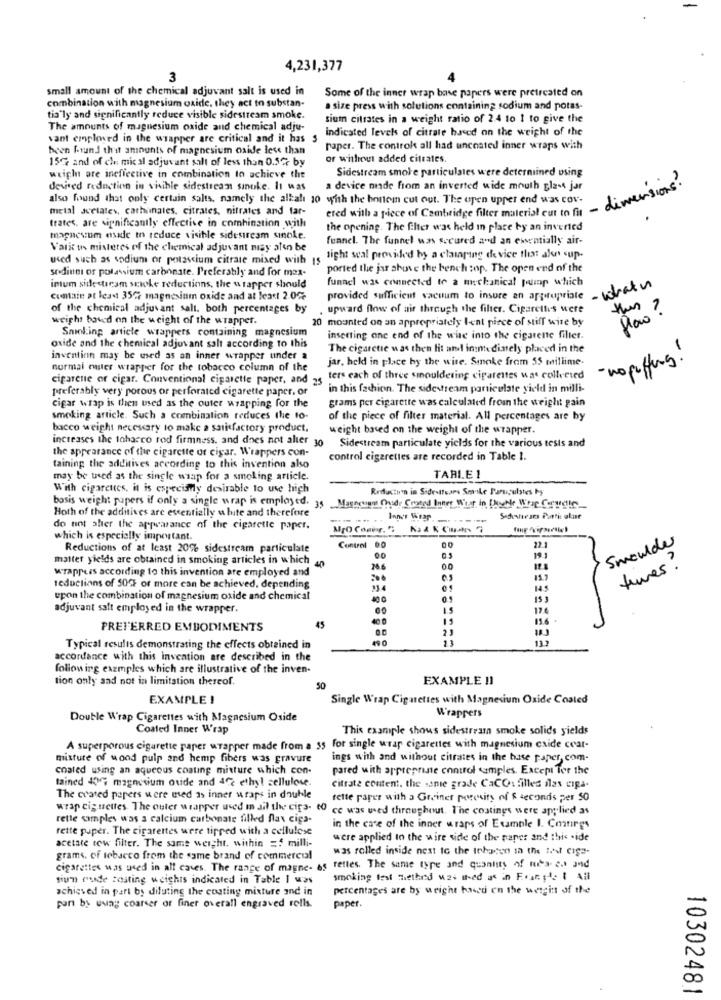
4,231,377
3
small amount of the chemical adjuvant salt is used in
Some of the inner wrap base papers were pretreated on
combination with magnesium oxide, they act to substan-
a size press with solutions containing sodium and potas-
tia"ly and significantly reduce visible sidestream smoke.
sium citrates in a weight ratio of 2.4 to 1 to give the
The amounts of magnesium oxide and chemical adju-
indicated levels of citrate based on the weight of the
vant emplesed in the wrapper are critical and it has $
been found th'i amounts of magnesium oxide less than
paper. The control all had uncoated inner wraps with
15% and of chemical adjuvant salt of less than 0.5% by
or without added citrates.
Sidestream smoke particulates were determined using
weich are ineffective in combination to achieve the
devised redaction in visible sidestream smoke. It was
a device made from an inverted wide mouth glass jar
dimensions?
also found that only certain salts, namely the alkal 10 with the bottom cut out. The open upper end was cov-
metal acetates, carhinales, citrates, nitrates and far-
ered with a piece of Cambridge filter material cut to fit -
trates, are significantly effective in combination with
the opening. The filter was held in place by an inverted
magnesium esade to reduce visible sidesircam sinole.
funnel. The funnel was secured and an ewentially air-
Varit us misteres of the chemical adjuvant may also be
used such as sodium or potassium citrate mixed with 15
sight seal provided by a clasaying device that ale sup-
sodiuni of potassium carbonate. Preferably and for mas-
ported the jar above the bench top. The open end of the
funnel was connected to a mechanical pump which
intum sidestream scioke reductions, the wrapper should
Cuntain at least 35℃ magnesium oxide and at least 2.0%
provided sufficient vacuum to insure an appropriate - what
of the chemical adjuvant salt. both percentages by
. upward flow of air through the filter. Cigarettes were
weight based on the weight of the wrapper.
20 mounted on an appropriately lent piece of stiff wire by
flaw ?
Sanking article wrappers containing magnesium
inserting one end of the wise into the cigarette filler.
oxide and the chemical adjuvant salt according to this
The cigaretie was then lit and ininte dimely placed in the
invention may be used as an inner wrapper under a
jar, held in place by the wire. Smoke from 55 millime-
- nopuffing!
normal master wrapper for the tobacco column of the
cigarene or cigar. Conventional cigarette paper, and 25
ters each of three smouldering ciparentes was collected
preferably very porous or perforated cigarette paper. or
in this fachion. The sidestream particulate yield in milli-
grams per cigarette was calculated from the weight gain
cigar wrap is then used as the outer wrapping for the
smoking article. Such a combination reduces the fo-
of the piece of filter material. All percentages are by
bacco weight necessary to make a satisfactory product.
weight based on the weight of the wrapper.
increases the tobacco rod firmness, and does not alter 30
Sidestream particulate yields for the various tests and
the appearance of the cigarette of cigar. Wrappers con-
control cigarettes are recorded in Table 1.
taining the additives according to this invention also
may be used as the single waap for a smoking article.
TABLE 1
With cigarettes, it is especially desirable to use high
Reduction in Sidestfears Sovike Paruculstes by
basis weight pupers if only a single wrap is employed. 35 Magnesium Oude Choged Inner Whar In [hyNe Wrap Corvoles
Hoth of the additives are essentially white and therefore
-....... .
Schustears Portis olust
do not sher the appearance of the cigarette paper.
Mro Cosir.5
which is especially important.
00
Smaulder
Reductions of at least 20% sidestream particulate
Control 00
22.
matter yields are obtained in smoking articles in which
00
19.]
wrappuis according to this invention are employed and
S
10€
00
teres !
teductions of 50ft or more can be achieved, depending
334
upon the combination of magnesium oxide and chemical
15 3
adjuvant salt employed in the wrapper.
17
40 0
136 -
PREFERRED EMBODIMENTS
45
Typical results demonstrating the effects obtained in
accordance with this invention are described in the
following examples which are illustrative of the inven-
tion only aad not in limitation thereof.
EXAMPLE 11
EXAMPLE !
Single Wrap Cigarettes with Magnesium Oxide Coated
Double Wrap Cigarettes with Magnesium Oside
Wrappers
Coated Inner Wrap
This example shows sidestream smoke solids yields
A superporous cigarette paper wrapper made from a 35 for single wrap cigaretter with magnesium caide coar-
misture of wood pulp and hemp fibers was gravure
ings with and without citrates in the base paper, com-
coated using an aqueous coating misture which con-
pared with appreprise control samples. Except Ter the
tained 40% magnesium oxide and 40 ethyl cellulose.
Citrate content, the same grade CaCO: filled ilas cipa-
The coated papers were used as inner wraps in double
rette paper with a Grainer porosity of & seconds per 50
wrap cig settes. The outer wrapper used m ail the cifs- to ce was used throughout. The coatings were applied as
rette samples was a calcium carbonate filled flax ciga-
rette puper. The cigarettes were tipred with a cellulose
in the case of the inner wraps of Example I. Conres
were applied to the wire side of the paper and this .ide
acetate tow filter. The same weight, within = milli-
was rolled inside next to the tnhacen in the Ahl Cige-
grams. of tobacco from the same brand of commercial
cigarettes was used in all cases. The range of magne- as rettes. The same type and quantity of muita-ed and
fiun mude costing weights indicated in Table I was
smoking fest Hethed 124 thed as in Funp'- I All
achieved in part by diluting the coating mixture and in
percentages are by weight based on the weight of the
pun by uwag coarser of finer overall engraved rolls.
paper.
10302481